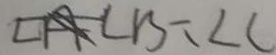
\angle B = \angle C